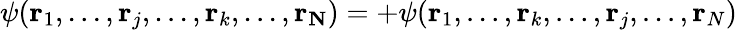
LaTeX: \psi(\mathbf{r}_{1},...,\mathbf{r}_{j},...,\mathbf{r}_{k},...,\mathbf{r_{N}})=+\psi(\mathbf{r}_{1},...,\mathbf{r}_{k},...,\mathbf{r}_{j},...,\mathbf{r}_{N})